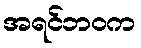
အရင်ဘဝက